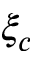
\xi _ { c }